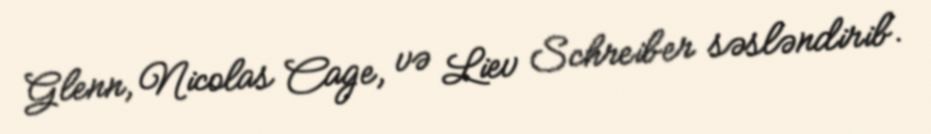
Glenn, Nicolas Cage, və Liev Schreiber səsləndirib.